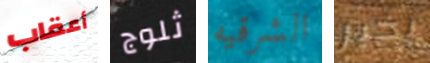
أعقاب ثلوج الشرقيه بخير